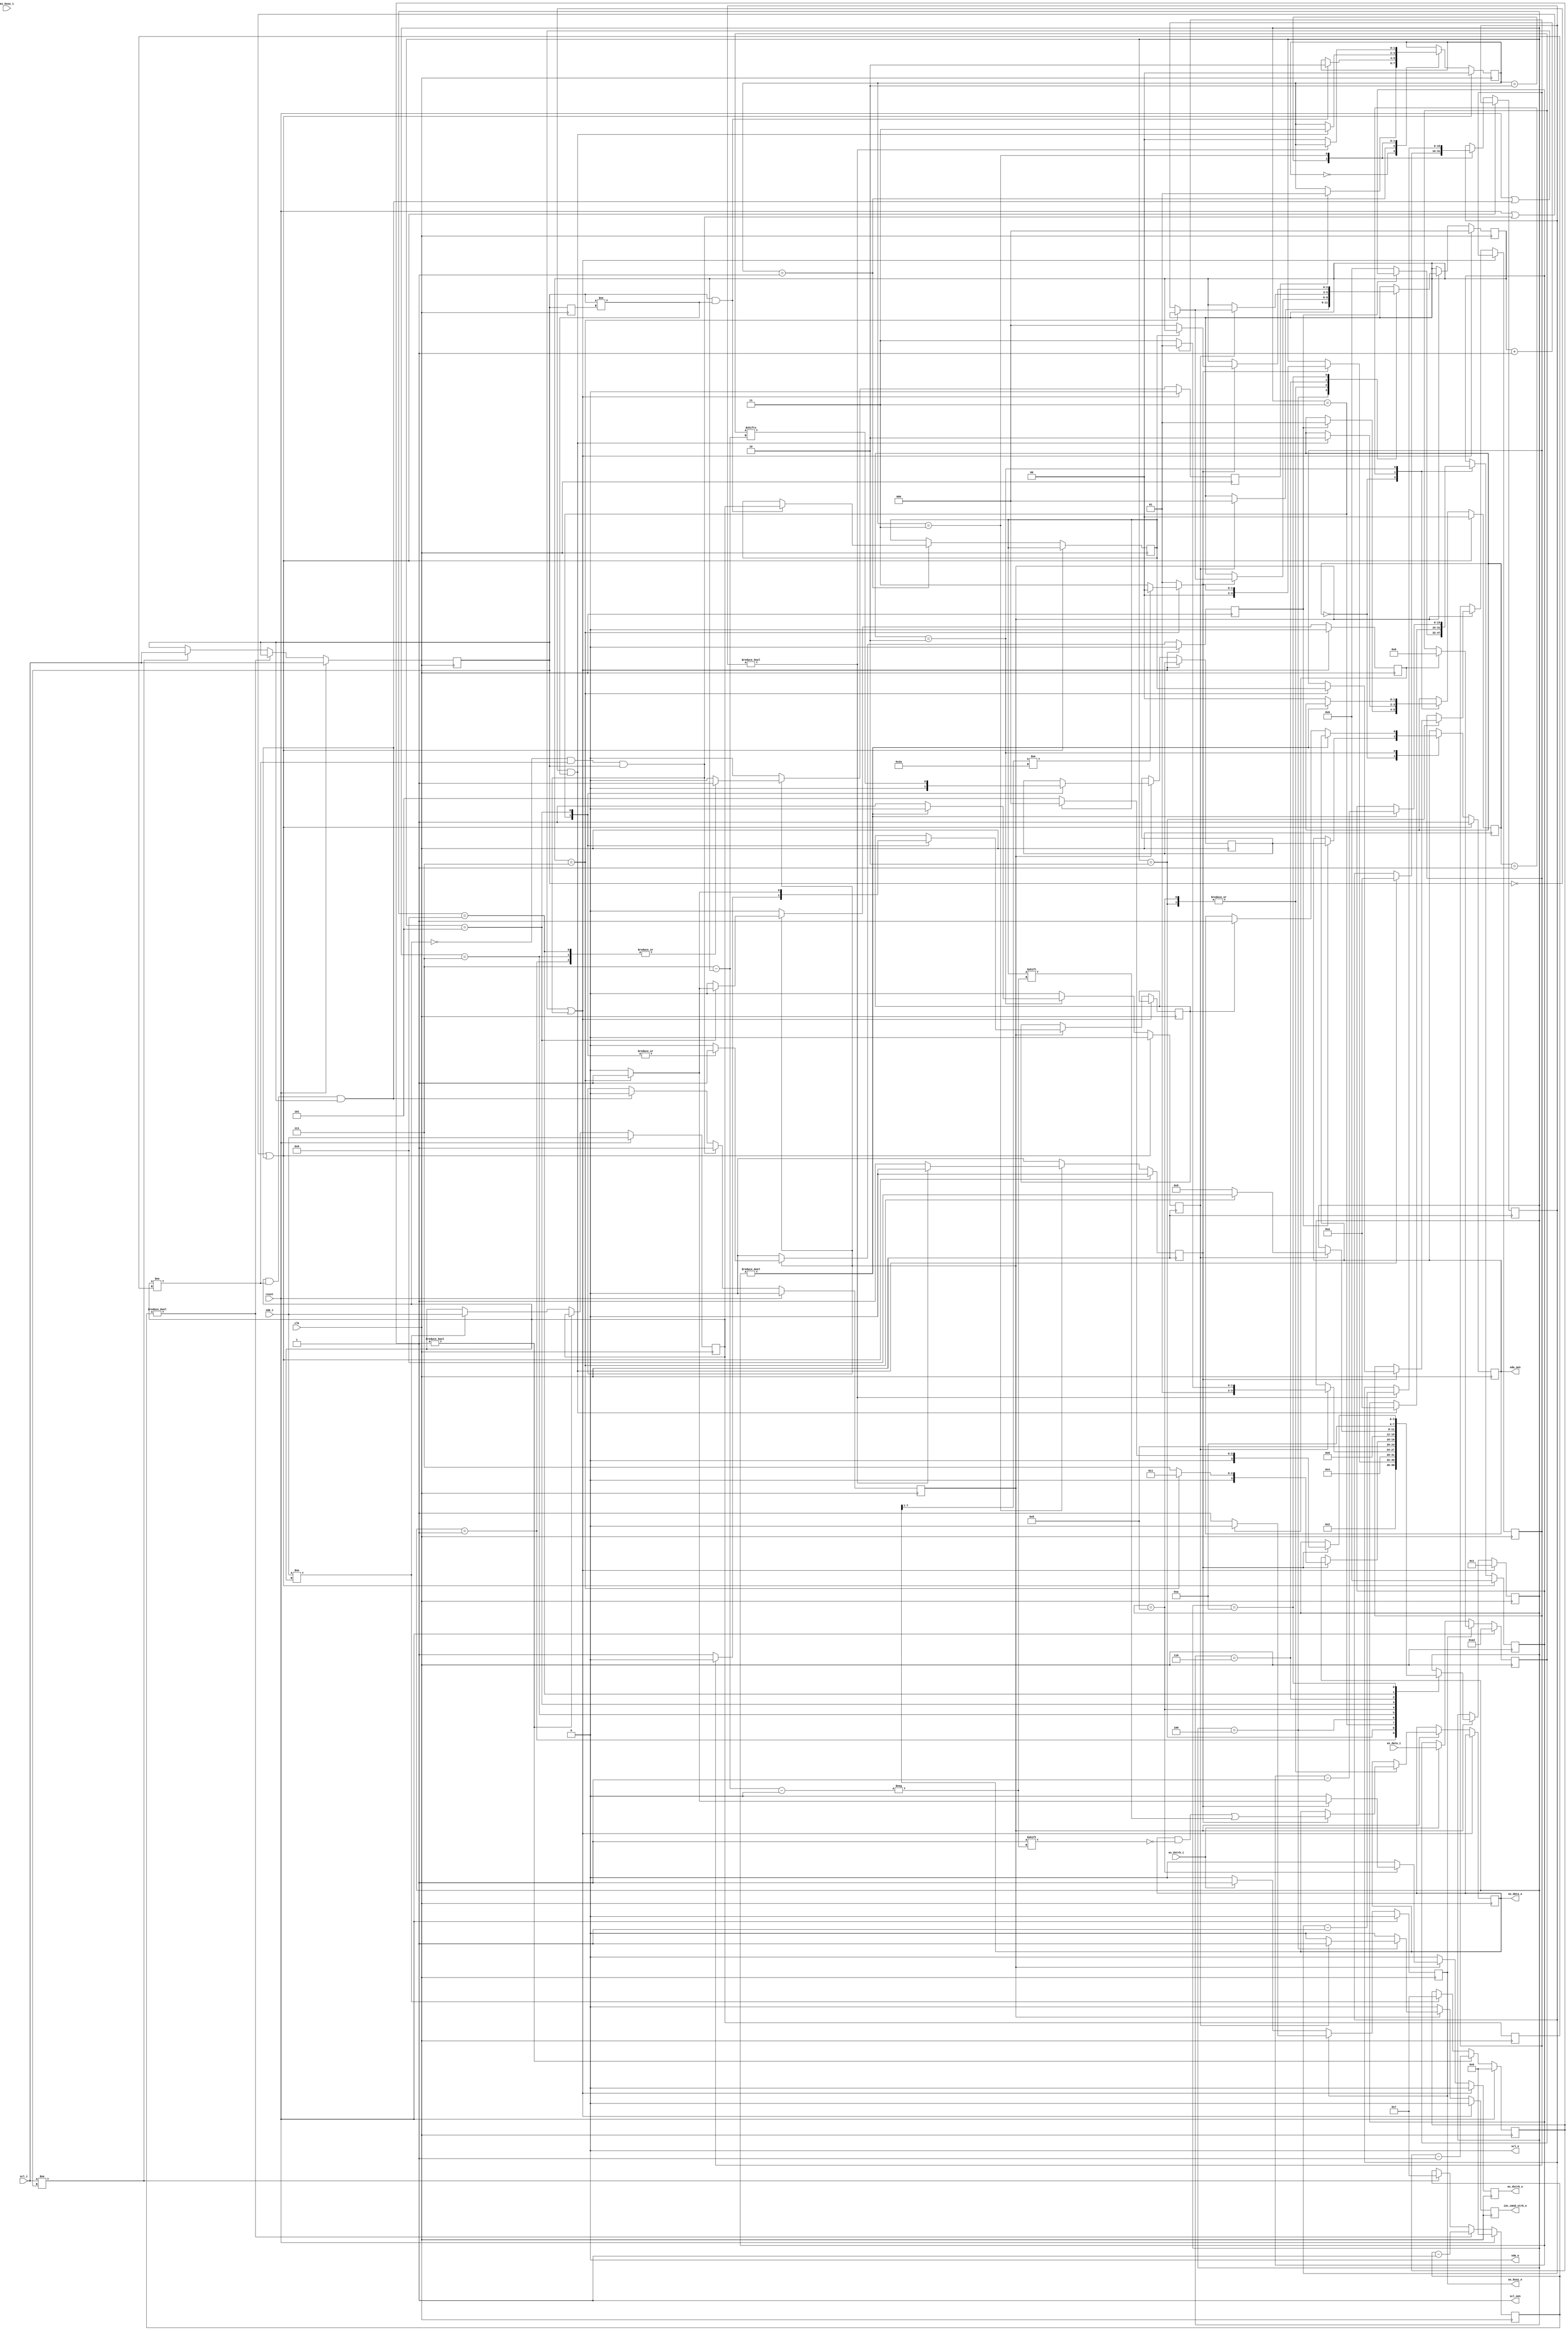
`timescale 1ns/10ps

module i2c_slave(
    clk, reset,
    sda_i, sda_o, scl_i, scl_o, sda_oen, scl_oen,
    as_data_i,  as_data_o, 
    as_dstrb_o, as_dstrb_i, as_busy_o, as_busy_i,
    i2c_cmnd_strb_o
  );
  parameter FREQ          = 100_000;
  parameter CLOCK_RATE    = 10_000_000;
  parameter [6:0] ADDRESS = 7'b0101010;

  localparam BIT_WIDTH    = ((CLOCK_RATE)/(FREQ));
  localparam BIT_WIDTH_10 = (BIT_WIDTH*10)/100;
  
  input clk;
  input reset;
  
  input  sda_i, scl_i;
  output sda_o, scl_o;
  output sda_oen, scl_oen; //active low
  input  [7:0] as_data_i;
  output [7:0] as_data_o;
  output as_dstrb_o;
  input  as_dstrb_i;
  output as_busy_o;
  input  as_busy_i;

  output i2c_cmnd_strb_o; //i2c_command_strb [could be used for special transactions]
  
  reg sda_oen;
  assign scl_oen = 1'b1; //leave clock alone
  assign sda_o   = 1'b0; //let oens do the work
  assign scl_o   = 1'b0;
  /************** Byte Interaction ***********/
  reg ostrb, istrb, cstrb;
  reg [7:0] odata;
  reg [7:0] idata;

  reg as_busy_reg;
  assign as_busy_o = as_busy_reg;

  always @(posedge clk) begin
    if (reset) begin
      as_busy_reg<=1'b0;
      odata<=8'b1010_0011;
    end else begin
      if (!as_busy_reg) begin
        if (as_dstrb_i) begin
          odata<=as_data_i;
          as_busy_reg<=1'b1;
        end
      end else begin
        if (ostrb) begin
          as_busy_reg<=1'b0;
          odata <= 8'b0; //clear the data
        end
      end
    end
  end
  assign i2c_cmnd_strb_o = cstrb;
  assign as_data_o  = idata;
  assign as_dstrb_o = istrb;

  /************** Debounce Inputs ************/
  localparam I2C_BACKOFF = 4'b0111;
  reg [3:0] sda_backoff;
  reg [3:0] scl_backoff;
  reg sda_i_reg;
  reg scl_i_reg;

  always @(posedge clk) begin
    if (reset) begin 
      sda_i_reg<=sda_i;
      scl_i_reg<=scl_i;
      sda_backoff<=4'b0;
      scl_backoff<=4'b0;
    end else begin
      if (sda_backoff != 4'b0) begin
        sda_backoff<=sda_backoff - 4'b1;
      end else if (sda_i != sda_i_reg) begin
        sda_i_reg<=sda_i;
        sda_backoff<=I2C_BACKOFF;
      end
      if (scl_backoff != 4'b0) begin
        scl_backoff<=scl_backoff - 4'b1;
      end else if (scl_i != scl_i_reg) begin
        scl_i_reg<=scl_i;
        scl_backoff<=I2C_BACKOFF;
      end
    end
  end

  /******************* Condition Detection ******************/

  reg sda_i_reg_prev;
  reg scl_i_reg_prev;
  always @(posedge clk) begin
    sda_i_reg_prev<=sda_i_reg;
    scl_i_reg_prev<=scl_i_reg;
  end

  wire posedge_scl =  scl_i_reg & (scl_i_reg != scl_i_reg_prev);
  wire negedge_scl = ~scl_i_reg & (scl_i_reg != scl_i_reg_prev);
  wire posedge_sda =  sda_i_reg & (sda_i_reg != sda_i_reg_prev);
  wire negedge_sda = ~sda_i_reg & (sda_i_reg != sda_i_reg_prev);

  wire start_con = negedge_sda & scl_i_reg;
  wire stop_con  = posedge_sda & scl_i_reg;

  reg busy;
  always @(posedge clk) begin
    if (reset) begin
      busy<=1'b0;
    end else begin
      if (start_con) begin
        busy<=1'b1;
      end else if (stop_con) begin
        busy<=1'b0;
      end
    end
  end

  /***************** Bit Control and State ***************************/
  // Common Signals 
  reg send_bit_strb;
  reg sent_bit_strb;
  reg obit;
  reg last;

  reg get_bit_strb;
  reg got_bit_strb;
  reg ibit;
  /******************* Bit Control *******************/
  localparam BIT_STATE_IDLE         = 4'd0;
  localparam BIT_STATE_CONTROL_READ = 4'd1;
  localparam BIT_STATE_CONTROL_PROC = 4'd2;
  localparam BIT_STATE_ACK_SEND     = 4'd3;
  localparam BIT_STATE_ACK_WAIT     = 4'd4;
  localparam BIT_STATE_WORD_SEND    = 4'd5;
  localparam BIT_STATE_WORD_WAIT    = 4'd6;
  localparam BIT_STATE_WORD_READ    = 4'd7;
  localparam BIT_STATE_WORD_PROC    = 4'd8;
  localparam BIT_STATE_ACK_READ     = 4'd9;
  localparam BIT_STATE_ACK_PROC     = 4'd10;
  /* TODO: introduce scheme to reduce state count */

  reg [3:0] bit_state;

  wire [6:0] address = idata[7:1];
  reg rw_n;
  reg [2:0] bit_index;

  always @(posedge clk) begin
    istrb<=1'b0;
    ostrb<=1'b0;
    cstrb<=1'b0;
    get_bit_strb  <= 1'b0;
    send_bit_strb <= 1'b0;
    if (reset | stop_con | start_con) begin
      bit_state <= BIT_STATE_CONTROL_READ;
      bit_index <= 3'b0;
    end else if (busy) begin
      case (bit_state)
        BIT_STATE_IDLE: begin
        end
        BIT_STATE_CONTROL_READ: begin
          get_bit_strb<=1'b1;
          bit_state<=BIT_STATE_CONTROL_PROC;
        end
        BIT_STATE_CONTROL_PROC: begin
          if (got_bit_strb) begin
            idata[3'b111 - bit_index]<=ibit;
            if (bit_index == 3'b111) begin
              rw_n<=ibit;
              if (address != ADDRESS) begin
                bit_state <= BIT_STATE_IDLE;
`ifdef DEBUG
                $display("i2c_s: addr mismatch, got %b, expected %b", address, ADDRESS);
`endif
              end else begin
                bit_state <= BIT_STATE_ACK_SEND;
`ifdef DEBUG
                $display("i2c_s: got control, addr = %b, rw_n = %b",address,ibit);
`endif
              end
            end else begin
              bit_index <= bit_index + 3'b1;
              bit_state <= BIT_STATE_CONTROL_READ;
            end
          end
        end
        BIT_STATE_ACK_SEND: begin
          send_bit_strb<=1'b1;
          obit<=1'b0;
          if (rw_n) begin
            last<=1'b0;
          end else begin
            last<=1'b1;
          end
          bit_state <= BIT_STATE_ACK_WAIT;
        end
        BIT_STATE_ACK_WAIT: begin
          if (sent_bit_strb) begin
            cstrb<=1'b1;
            bit_index<=3'b0;
            if (rw_n) begin
              bit_state <= BIT_STATE_WORD_SEND;
            end else begin
              bit_state <= BIT_STATE_WORD_READ;
            end
          end
        end
        BIT_STATE_WORD_READ: begin
          get_bit_strb<=1'b1;
          bit_state <= BIT_STATE_WORD_PROC;
        end
        BIT_STATE_WORD_PROC: begin
          if (got_bit_strb) begin
            idata[3'b111 - bit_index]<=ibit;
            if (bit_index == 3'b111) begin
              bit_state <= BIT_STATE_ACK_SEND;
              istrb<=1'b1;
            end else begin
              bit_state <= BIT_STATE_WORD_READ;
              bit_index <= bit_index + 3'b1;
            end
          end
        end
        BIT_STATE_WORD_SEND: begin
          obit<=odata[3'b111 - bit_index];
          send_bit_strb<=1'b1;
          if (bit_index == 3'b111) begin
            ostrb<=1'b1;
            last<=1'b1;
          end else begin
            last<=1'b0;
          end
          bit_state <= BIT_STATE_WORD_WAIT;
        end
        BIT_STATE_WORD_WAIT: begin
          if (sent_bit_strb) begin
            if (bit_index == 3'b111) begin
              bit_state <= BIT_STATE_ACK_READ;
            end else begin
              bit_state <= BIT_STATE_WORD_SEND;
              bit_index<=bit_index + 3'b1;
            end
          end
        end
        BIT_STATE_ACK_READ: begin
          get_bit_strb<=1'b1;
          bit_state <= BIT_STATE_ACK_PROC;
        end
        BIT_STATE_ACK_PROC: begin
          if (got_bit_strb) begin
            if (ibit == 1'b1) begin //not ACK [end of transfer]
              bit_state <= BIT_STATE_IDLE;
            end else begin
              bit_state <= BIT_STATE_WORD_SEND;
              bit_index<=3'b0;
            end
          end
        end
      endcase
    end
  end

  /***************** Bit Output and State **********************/
  localparam OBIT_STATE_IDLE = 2'd0;
  localparam OBIT_STATE_EDGE = 2'd1;
  localparam OBIT_STATE_WAIT = 2'd2;
  reg  [1:0] obit_state;
  reg [15:0] obit_counter;

  always @(posedge clk) begin
    if (reset | start_con | stop_con) begin
      obit_state<=OBIT_STATE_IDLE;
      obit_counter<=16'b0;
      sent_bit_strb<=1'b0;
      sda_oen<=1'b1;  //leave bus
    end else begin
      sent_bit_strb<=1'b0;
      case (obit_state)
        OBIT_STATE_IDLE: begin
          if (send_bit_strb) begin
            sda_oen<=obit; //send bit
            obit_state<=OBIT_STATE_EDGE;
          end else begin
            obit_counter<=16'b0;
          end
        end
        OBIT_STATE_EDGE: begin
          if (negedge_scl) begin
            obit_counter<=BIT_WIDTH_10;
            obit_state<=OBIT_STATE_WAIT;
          end
        end
        OBIT_STATE_WAIT: begin
          if (obit_counter != 16'b0) begin
            obit_counter<=obit_counter - 16'b1;
          end else begin
            sent_bit_strb<=1'b1;
            if (last) begin
              sda_oen<=1'b1; //give bus back
            end
            obit_state<=OBIT_STATE_IDLE;
          end
        end
      endcase
    end
  end
  /***************** Bit Input Control ***********************/
  localparam IBIT_STATE_IDLE  = 2'd0;
  localparam IBIT_STATE_FIND  = 2'd1;
  localparam IBIT_STATE_NFIND = 2'd2;
  localparam IBIT_STATE_WAIT  = 2'd3;
  reg  [1:0] ibit_state;
  reg [15:0] ibit_counter;

  always @(posedge clk) begin
    got_bit_strb<=1'b0;
    if (reset | start_con | stop_con) begin
      ibit_state<=IBIT_STATE_IDLE;
    end else begin
      case (ibit_state) 
        IBIT_STATE_IDLE: begin
          if (get_bit_strb) begin
            ibit_state<=IBIT_STATE_FIND;
          end
        end
        IBIT_STATE_FIND: begin
          if (posedge_scl) begin
            ibit_state<=IBIT_STATE_NFIND;
            ibit<=sda_i_reg;
          end
        end
        IBIT_STATE_NFIND: begin
          if (negedge_scl) begin
            ibit_counter<=BIT_WIDTH_10;
            ibit_state<=IBIT_STATE_WAIT;
          end
        end
        IBIT_STATE_WAIT: begin
          if (ibit_counter != 16'b0) begin
            ibit_counter<=ibit_counter - 16'b1;
          end else begin
            ibit_state<=IBIT_STATE_IDLE;
            got_bit_strb<=1'b1;
          end
        end
      endcase
    end
  end

endmodule